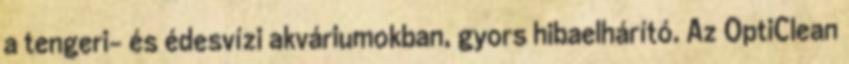
a tengeri- és édesvízi akváriumokban, gyors hibaelhárító. Az OptiClean